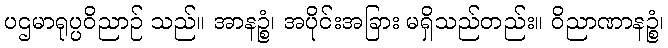
ပဌမာရုပ္ပဝိညာဉ် သည်။ အာနဉ္စံ၊ အပိုင်းအခြား မရှိသည်တည်း။ ဝိညာဏာနဉ္စံ၊